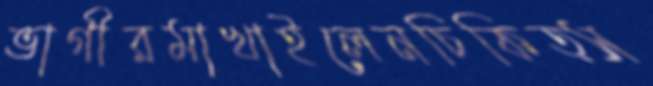
ভাগীরমাখাইলেনচিকিত্স